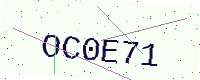
Text: OC0E71